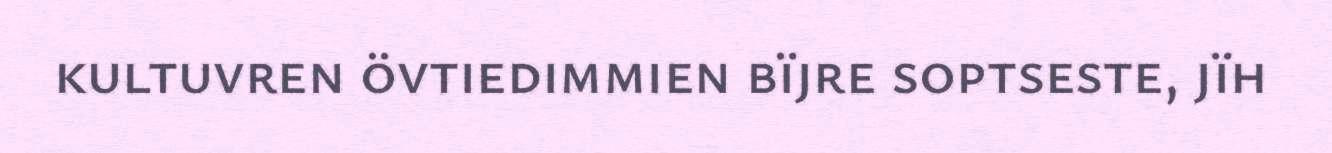
kultuvren övtiedimmien bïjre soptseste, jïh